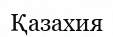
Қазахия